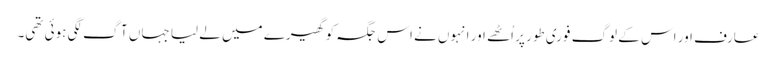
عارف اور اس کے لوگ فوری طور پر اُٹھے اور انہوں نے اس جگہ کو گھیرے میں لے لیا جہاں آگ لگی ہوئی تھی۔